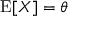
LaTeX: \operatorname { E } [ X ] = \theta